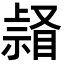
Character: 𥉆